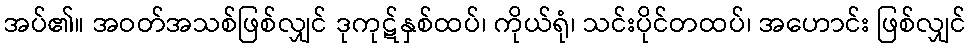
အပ်၏။ အဝတ်အသစ်ဖြစ်လျှင် ဒုကုဋ်နှစ်ထပ်၊ ကိုယ်ရုံ၊ သင်းပိုင်တထပ်၊ အဟောင်း ဖြစ်လျှင်